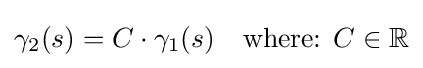
\gamma _{2}(s)=C\cdot \gamma _{1}(s)\quad {\text{where:  }}C\in \mathbb {R}